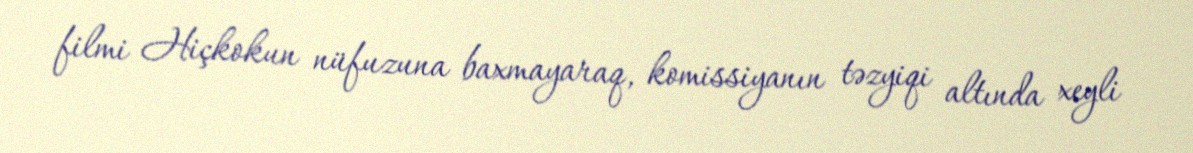
filmi Hiçkokun nüfuzuna baxmayaraq, komissiyanın təzyiqi altında xeyli